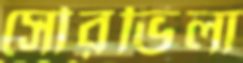
সৌরভিলা